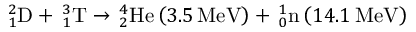
_ { 1 } ^ { 2 } \mathrm { D } + \, _ { 1 } ^ { 3 } \mathrm { T } \rightarrow \, _ { 2 } ^ { 4 } \mathrm { H e } \left( 3 . 5 \, \mathrm { M e V } \right) + \, _ { 0 } ^ { 1 } \mathrm { n } \left( 1 4 . 1 \, \mathrm { M e V } \right)